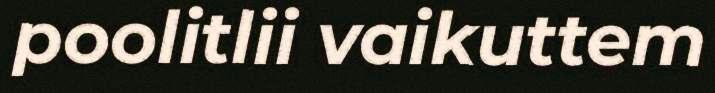
poolitlii vaikuttem